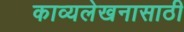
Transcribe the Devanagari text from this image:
काव्यलेखनासाठी